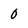
Character: 0